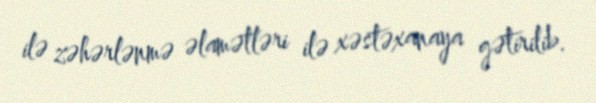
ilə zəhərlənmə əlamətləri ilə xəstəxanaya gətirilib.